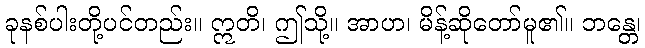
ခုနစ်ပါးတို့ပင်တည်း။ ဣတိ၊ ဤသို့။ အာဟ၊ မိန့်ဆိုတော်မူ၏။ ဘန္တေ၊